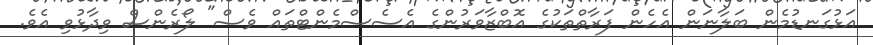
އަޅުގަނޑުމެން ބަލާނަން އެހެން ފަރާތްތަކުގެ އޮބްޒާވަރުންގެ އެސެސްމެންޓްތައް ވެސް" ލޯރެންސް ވިދާޅުވި އެވެ.